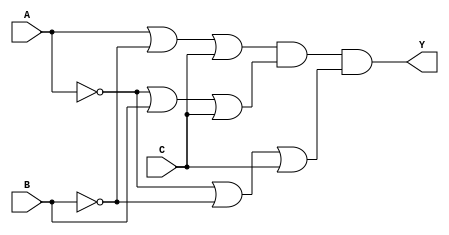
module pos_simplification (
    input wire A,
    input wire B,
    input wire C,
    output wire Y
);

// Define the sum terms using OR gates
wire sum1, sum2, sum3;

// First sum term: (A + B' + C)
assign sum1 = A | (~B) | C;

// Second sum term: (A' + B + C)
assign sum2 = (~A) | B | C;

// Third sum term: (A' + B' + C)
assign sum3 = (~A) | (~B) | C;

// Final output using AND gate
assign Y = sum1 & sum2 & sum3;

endmodule